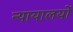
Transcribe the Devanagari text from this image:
न्यायालयोंं